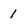
Character: 1